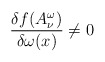
\begin{align*}\frac{\delta f(A^{\omega}_{\nu})}{\delta\omega(x)}\neq0\end{align*}